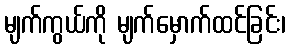
မျက်ကွယ်ကို မျက်မှောက်ထင်ခြင်း၊